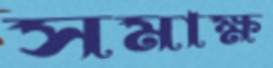
সমাক্ষ